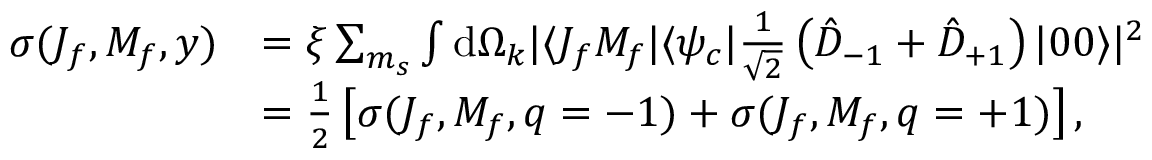
\begin{array} { r l } { \sigma ( J _ { f } , M _ { f } , y ) } & { = \xi \sum _ { m _ { s } } \int \mathrm { d } \Omega _ { k } | \langle J _ { f } M _ { f } | \langle \psi _ { c } | \frac { 1 } { \sqrt { 2 } } \left( \hat { D } _ { - 1 } + \hat { D } _ { + 1 } \right) | 0 0 \rangle | ^ { 2 } } \\ & { = \frac { 1 } { 2 } \left[ \sigma ( J _ { f } , M _ { f } , q = - 1 ) + \sigma ( J _ { f } , M _ { f } , q = + 1 ) \right] , } \end{array}